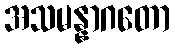
အသမန္နာဂတော